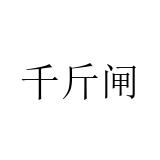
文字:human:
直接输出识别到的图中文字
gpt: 千斤闸